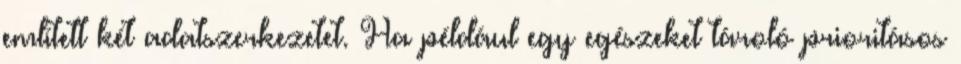
említett két adatszerkezetet. Ha például egy egészeket tároló prioritásos